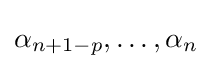
\alpha _{n+1-p},\dots ,\alpha _{n}